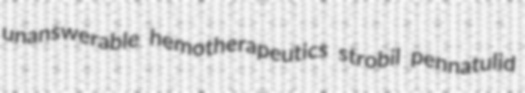
unanswerable hemotherapeutics strobil pennatulid